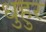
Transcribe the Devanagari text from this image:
धुहुर